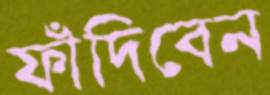
ফাঁদিবেন